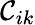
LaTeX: \mathcal{C}_{ik}